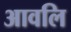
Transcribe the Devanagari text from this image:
आवलि